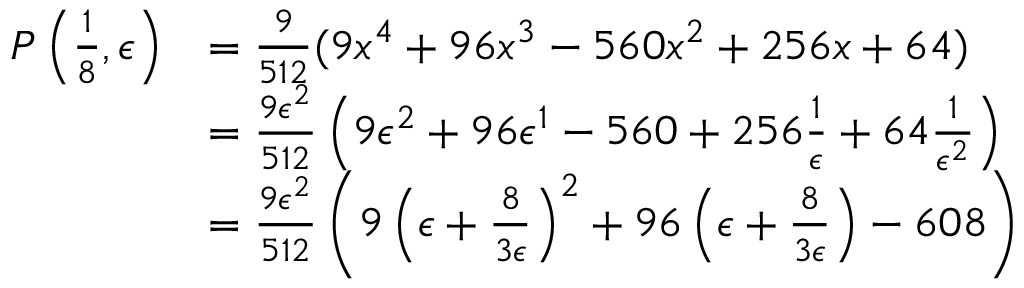
\begin{array} { r l } { P \left( \frac { 1 } { 8 } , \epsilon \right) } & { = \frac { 9 } { 5 1 2 } ( 9 x ^ { 4 } + 9 6 x ^ { 3 } - 5 6 0 x ^ { 2 } + 2 5 6 x + 6 4 ) } \\ & { = \frac { 9 \epsilon ^ { 2 } } { 5 1 2 } \left( 9 \epsilon ^ { 2 } + 9 6 \epsilon ^ { 1 } - 5 6 0 + 2 5 6 \frac { 1 } { \epsilon } + 6 4 \frac { 1 } { \epsilon ^ { 2 } } \right) } \\ & { = \frac { 9 \epsilon ^ { 2 } } { 5 1 2 } \left( 9 \left( \epsilon + \frac { 8 } { 3 \epsilon } \right) ^ { 2 } + 9 6 \left( \epsilon + \frac { 8 } { 3 \epsilon } \right) - 6 0 8 \right) } \end{array}